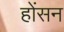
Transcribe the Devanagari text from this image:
होंसन